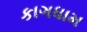
કાગધામ